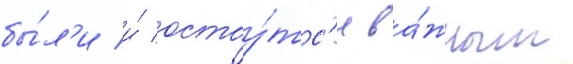
бы́л'и и́ остау́тс'я ва́жным